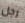
رجل